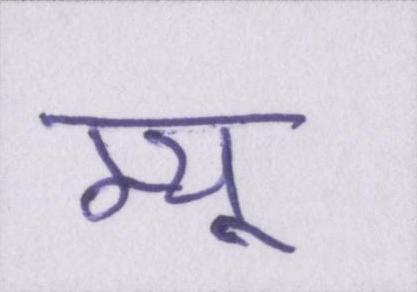
म्यू